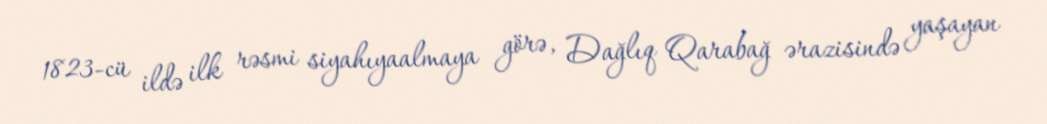
1823-cü ildə ilk rəsmi siyahıyaalmaya görə, Dağlıq Qarabağ ərazisində yaşayan